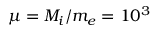
\mu = M _ { i } / m _ { e } = 1 0 ^ { 3 }